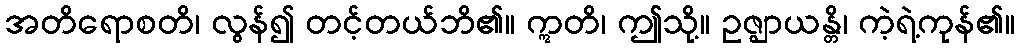
အတိရောစတိ၊ လွန်၍ တင့်တယ်ဘိ၏။ ဣတိ၊ ဤသို့။ ဥဇ္ဈာယန္တိ၊ ကဲ့ရဲ့ကုန်၏။